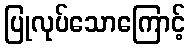
ပြုလုပ်သောကြောင့်